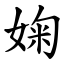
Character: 婅